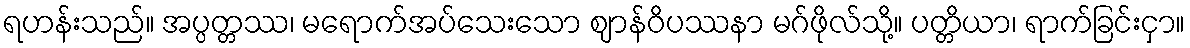
ရဟန်းသည်။ အပ္ပတ္တဿ၊ မရောက်အပ်သေးသော ဈာန်ဝိပဿနာ မဂ်ဖိုလ်သို့။ ပတ္တိယာ၊ ရာက်ခြင်းငှာ။